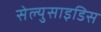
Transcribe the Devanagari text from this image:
सेल्युसाइडिस